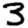
Digit: 3